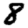
Digit: 8